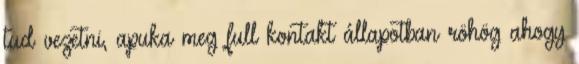
tud vezetni, apuka meg full kontakt állapotban röhög ahogy